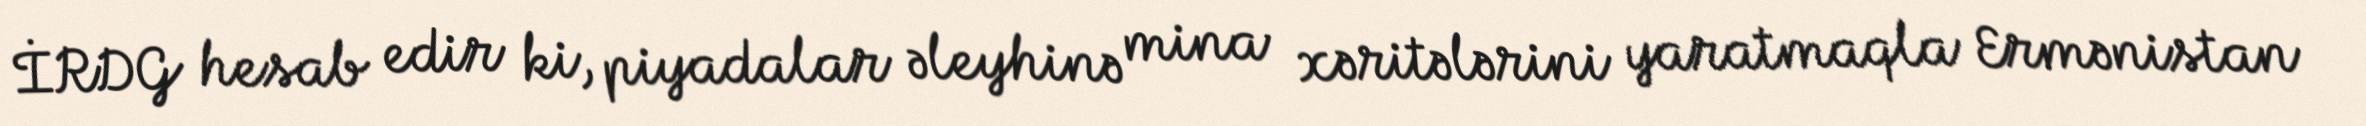
İRDG hesab edir ki, piyadalar əleyhinə mina xəritələrini yaratmaqla Ermənistan